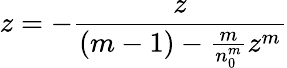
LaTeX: z=-\frac{z}{(m-1)-\frac{m}{n_{0}^{m}}z^{m}}